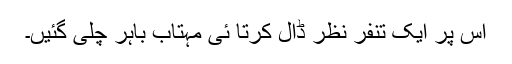
اس پر ایک تنفر نظر ڈال کرتا ئی مہتاب باہر چلی گئیں۔